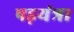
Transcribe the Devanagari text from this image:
षड़यंत्रा